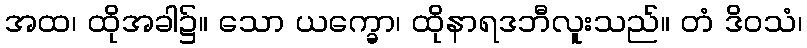
အထ၊ ထိုအခါ၌။ သော ယက္ခော၊ ထိုနာရဒဘီလူးသည်။ တံ ဒိဝသံ၊